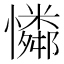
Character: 𪬾